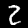
Digit: 2